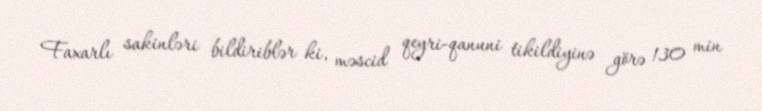
Faxarlı sakinləri bildiriblər ki, məscid qeyri-qanuni tikildiyinə görə 130 min